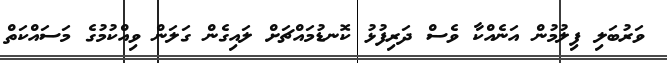
ވަރުބަލި ފިލުމުން އަނެއްކާ ވެސް ދަރިފުޅު ކޮނޑުމައްޗަށް ލައިގެން ގަލަން ވިއްކުމުގެ މަސައްކަތް